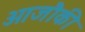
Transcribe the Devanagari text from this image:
ओजौकी